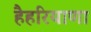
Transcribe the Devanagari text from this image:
हैहरियाणा